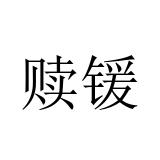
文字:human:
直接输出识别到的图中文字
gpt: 赎锾